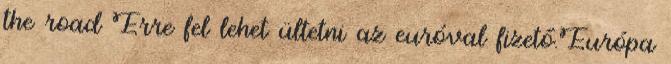
the road Erre fel lehet ültetni az euróval fizető.Európa